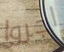
اجروا